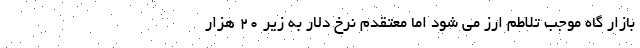
بازار گاه موجب تلاطم ارز می شود اما معتقدم نرخ دلار به زیر ۲۰ هزار